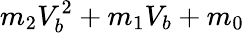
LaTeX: m_{2}V_{b}^{2}+m_{1}V_{b}+m_{0}